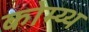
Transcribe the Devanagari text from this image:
कोम्य्थ